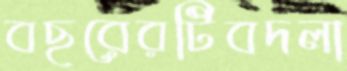
বছরেরটিবদলা